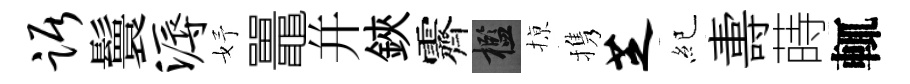
踞鬟溽妤鼉幷鋏霽檻𢱊携芝紀夀蒔輒